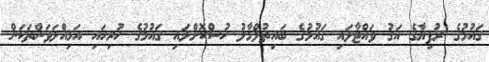
ޤައުމުގެ ރުފިޔާގެ އަގު ވައްޓާލައި ޤައުމުގެ ބައިތުލްމާލު ހުސްކޮށްލައި ޤައުމުގެ ހުރިހައި އަމިއްލަވަންތަކަން